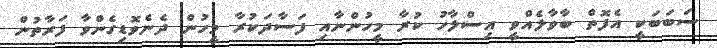
ސަބަބަކީ އެފޮތް ބާވާލެއްވީ އިސްލާހު ކުރާ މީހުންނާއި ފަސާދަކުރާ މީހުން ދެނެވޮޑިގެންވާ ފަރާތުން